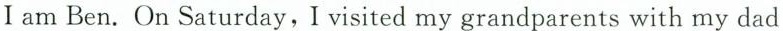
Iam Ben.On Saturday,Iisited my grandparents with my dad